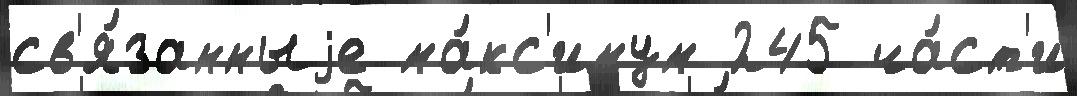
св'я́занныjе ма́кс'имум 245 ча́ст'и